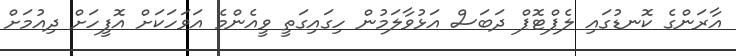
އާރަންގެ ކޮނޑުގައި ލެޕްޓޮޕް ދަބަސް އަޅުވާލަމުން ހިގައިގަތީ ވީއެންމެ އަވަހަކަށް އޮފީހަށް ދިއުމަށް